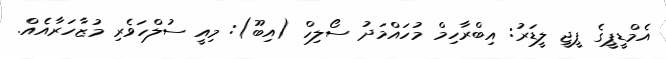
އެމްޑީޕީގެ ޕީޖީ ލީޑަރު: އިބްރާހިމް މުހައްމަދު ސޯލިހް (އިބޫ): މިއީ ސުލްހަވެރި މުޒާހަރާއެއް.